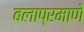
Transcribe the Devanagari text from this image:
बलाप्रमाणे